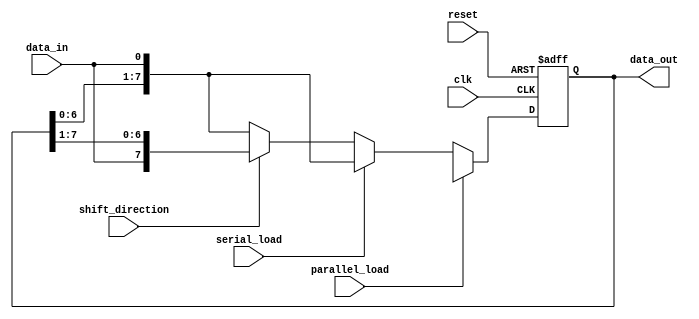
module shift_register(
    input wire clk,
    input wire reset,
    input wire shift_direction,
    input wire data_in,
    input wire parallel_load,
    input wire serial_load,
    output wire [7:0] data_out
);

reg [7:0] reg_data;
reg [7:0] next_data;

always @(posedge clk or posedge reset) begin
    if (reset) begin
        reg_data <= 8'b00000000;
    end else begin
        if (parallel_load) begin
            reg_data <= next_data;
        end else if (serial_load) begin
            reg_data <= {reg_data[6:0], data_in};
        end else begin
            if (shift_direction) begin
                reg_data <= {data_in, reg_data[7:1]};
            end else begin
                reg_data <= {reg_data[6:0], data_in};
            end
        end
    end
end

assign data_out = reg_data;

endmodule